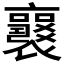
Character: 𧞻